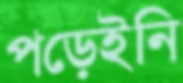
পড়েইনি